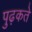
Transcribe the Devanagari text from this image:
पुढ़कते